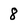
Character: 8